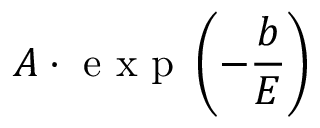
A \cdot \mathrm { ~ e ~ x ~ p ~ } \left( - \frac { b } { E } \right)